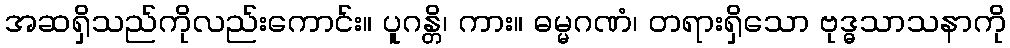
အဆရှိသည်ကိုလည်းကောင်း။ ပူဂန္တိ၊ ကား။ ဓမ္မဂဏံ၊ တရားရှိသော ဗုဒ္ဓသာသနာကို